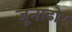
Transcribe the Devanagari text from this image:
जूनाढोर